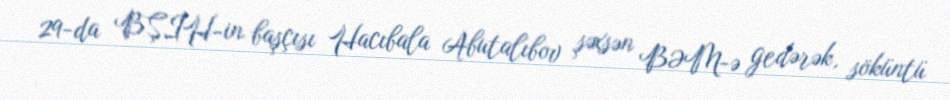
29-da BŞİH-in başçısı Hacıbala Abutalıbov şəxsən BƏM-ə gedərək, söküntü